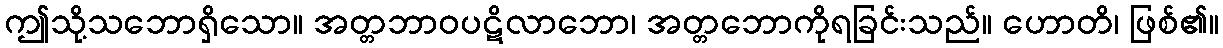
ဤသို့သဘောရှိသော။ အတ္တဘာဝပဋိလာဘော၊ အတ္တဘောကိုရခြင်းသည်။ ဟောတိ၊ ဖြစ်၏။